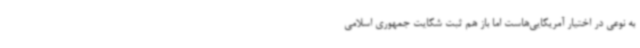
به نوعی در اختیار آمریکایی‌هاست اما باز هم ثبت شکایت جمهوری اسلامی